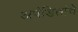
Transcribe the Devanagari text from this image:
अपंडितांचे